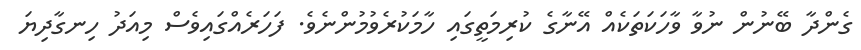
ގެންދާ ބޭނުން ނުވާ ވާހަކަތަކެއް އޭނާގެ ކުރިމަތީގައި ހާމަކުރެވުމުންނެވެ. ފަހަރެއްގައިވެސް މިއަދު ހިނގާދިޔަ